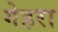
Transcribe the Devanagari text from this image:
गेहरा